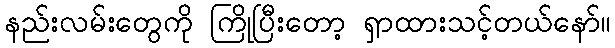
နည်းလမ်းတွေကို ကြိုပြီးတော့ ရှာထားသင့်တယ်နော်။